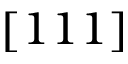
[ 1 1 1 ]